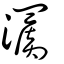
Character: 瀱